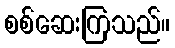
စစ်ဆေးကြသည်။